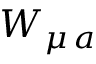
W _ { \mu \, a }